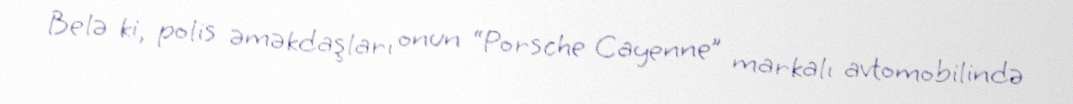
Belə ki, polis əməkdaşları onun “Porsche Cayenne” markalı avtomobilində